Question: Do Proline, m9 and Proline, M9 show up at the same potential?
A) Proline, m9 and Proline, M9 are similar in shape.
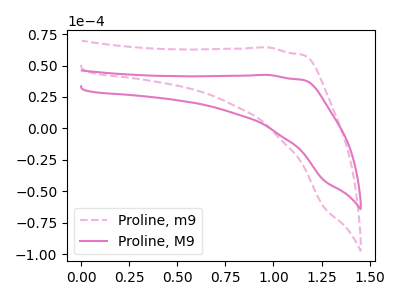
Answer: <think>The pink dashed curve "Proline, m9" has no peaks. The pink curve "Proline, M9" has no peaks.
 Neither "Proline, m9" or "Proline, M9" have any peaks.</think>
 <answer>A) "Proline, m9" and "Proline, M9" are similar in shape.</answer>
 <eval>A</eval>